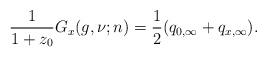
LaTeX: \begin{align*}\frac{1}{1+z_0} G_x(g, \nu; n) = \frac{1}{2} (q_{0,\infty} + q_{x,\infty}).\end{align*}